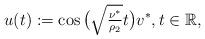
LaTeX: \begin{align*}u(t) := \cos\big(\sqrt{\tfrac{\nu^{\ast}}{\rho_{2}}} t\big) v^{\ast}, t \in \mathbb{R}, \end{align*}